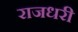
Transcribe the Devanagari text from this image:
राजधरी